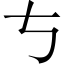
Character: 𠀁